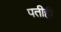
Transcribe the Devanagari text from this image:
पतीही